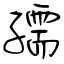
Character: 孺